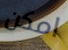
امكن